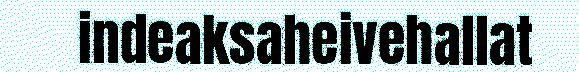
indeaksaheivehallat